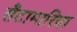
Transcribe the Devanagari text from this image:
सैंटामारिया